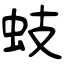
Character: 蚑